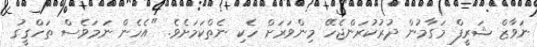
ނަވާޒް ޝަރީފް މަގާމުން ދުރުކުރަންޖެހޭ މިންވަރަށް ހެކި ނެތްކަމަށެވެ. "އެހެން ނަމަވެސް ތަހްގީގު